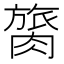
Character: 膐